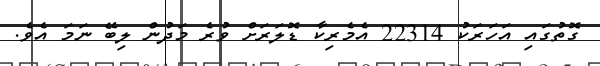
ގޮތުގައި އަހަރަކު 22314 އެމެރިކާ ޑޮލަރަށް ވުރެ މަދުން ލިބޭ ނަމަ އެވެ.